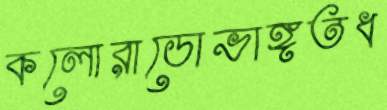
কলোরাডোভাঙ্গতধ